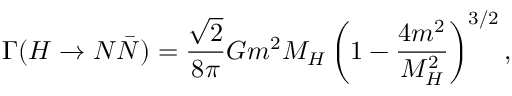
\Gamma ( H \to N \bar { N } ) = \frac { \sqrt { 2 } } { 8 \pi } G m ^ { 2 } M _ { H } \left( 1 - \frac { 4 m ^ { 2 } } { M _ { H } ^ { 2 } } \right) ^ { 3 / 2 } ,